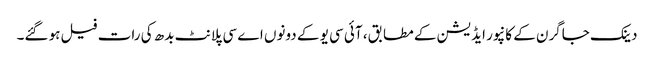
دینک جاگرن کے کانپور ایڈیشن کے مطابق، آئی سی یو کے دونوں اے سی پلانٹ بدھ کی رات فیل ہو گئے۔